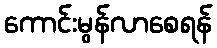
ကောင်းမွန်လာစေရန်